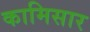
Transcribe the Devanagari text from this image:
कामिसार